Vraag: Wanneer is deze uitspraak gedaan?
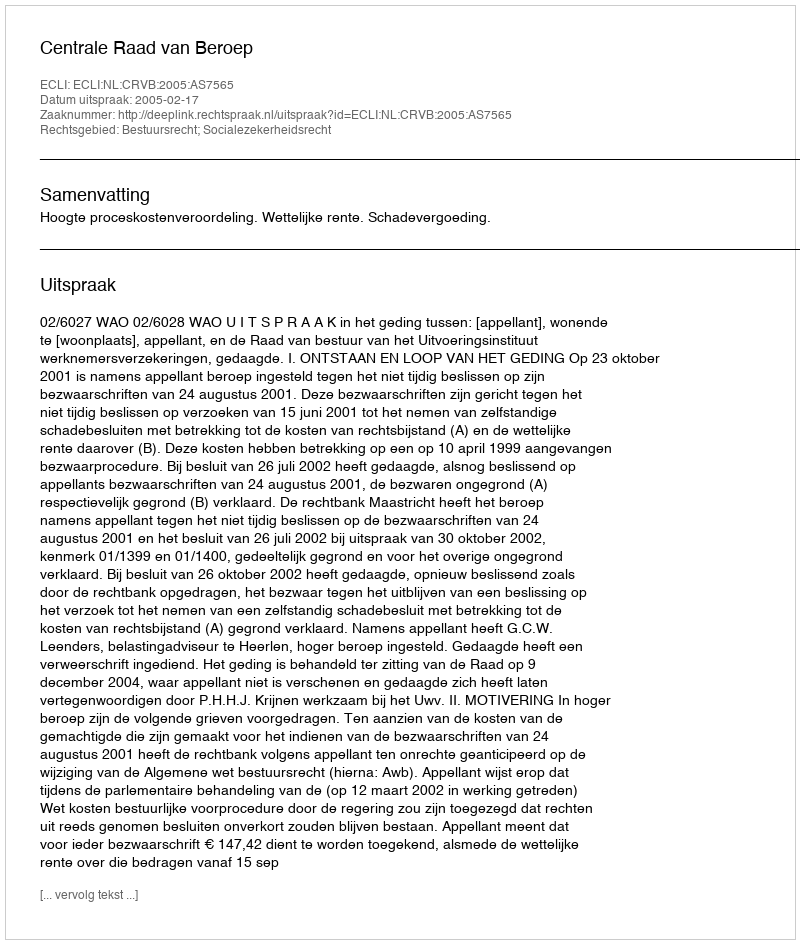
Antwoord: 2005-02-17